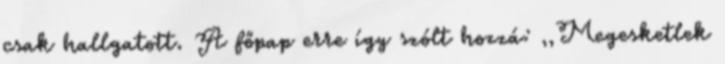
csak hallgatott. A főpap erre így szólt hozzá: ,,Megesketlek